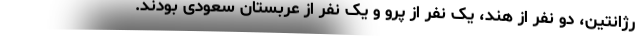
رژانتین، دو نفر از هند، یک نفر از پرو و یک نفر از عربستان سعودی بودند.